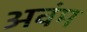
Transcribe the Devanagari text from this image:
अवंम